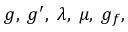
g , \; g ^ { \prime } , \; \lambda , \; \mu , \; g _ { f } ,